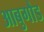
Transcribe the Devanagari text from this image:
आबुगौड